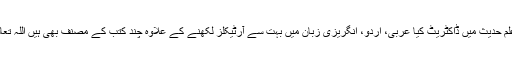
1989ء میں گلاسگو یونیورسٹی سے علم حدیث میں ڈاکٹریٹ کیا عربی، اردو، انگریزی زبان میں بہت سے آرٹیکلز لکھنے کے علاوہ چند کتب کے مصنف بھی ہیں اللہ تعالیٰ ان کےعلم وعمل میں برکت فرمائے۔